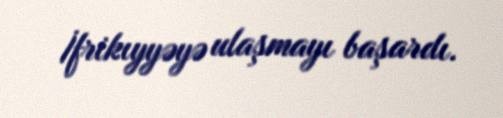
İfrikıyyəyə ulaşmayı başardı.